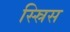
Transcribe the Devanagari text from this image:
स्स्रिस